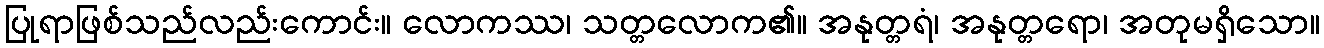
ပြုရာဖြစ်သည်လည်းကောင်း။ လောကဿ၊ သတ္တလောက၏။ အနုတ္တရံ၊ အနုတ္တရော၊ အတုမရှိသော။